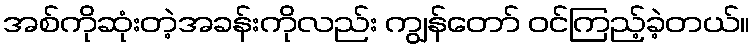
အစ်ကိုဆုံးတဲ့အခန်းကိုလည်း ကျွန်တော် ဝင်ကြည့်ခဲ့တယ်။